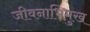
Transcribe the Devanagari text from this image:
जीवनाभिमुख